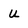
Character: u